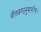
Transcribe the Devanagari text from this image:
नीलकण्ठमुमापतिम्।